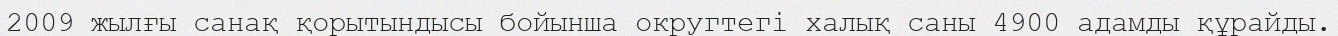
2009 жылғы санақ қорытындысы бойынша округтегі халық саны 4900 адамды құрайды.